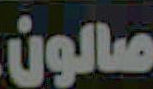
صالون